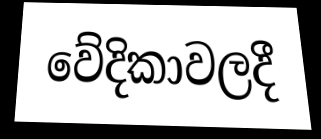
වේදිකාවලදී